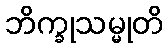
ဘိက္ခုသမ္မုတိ